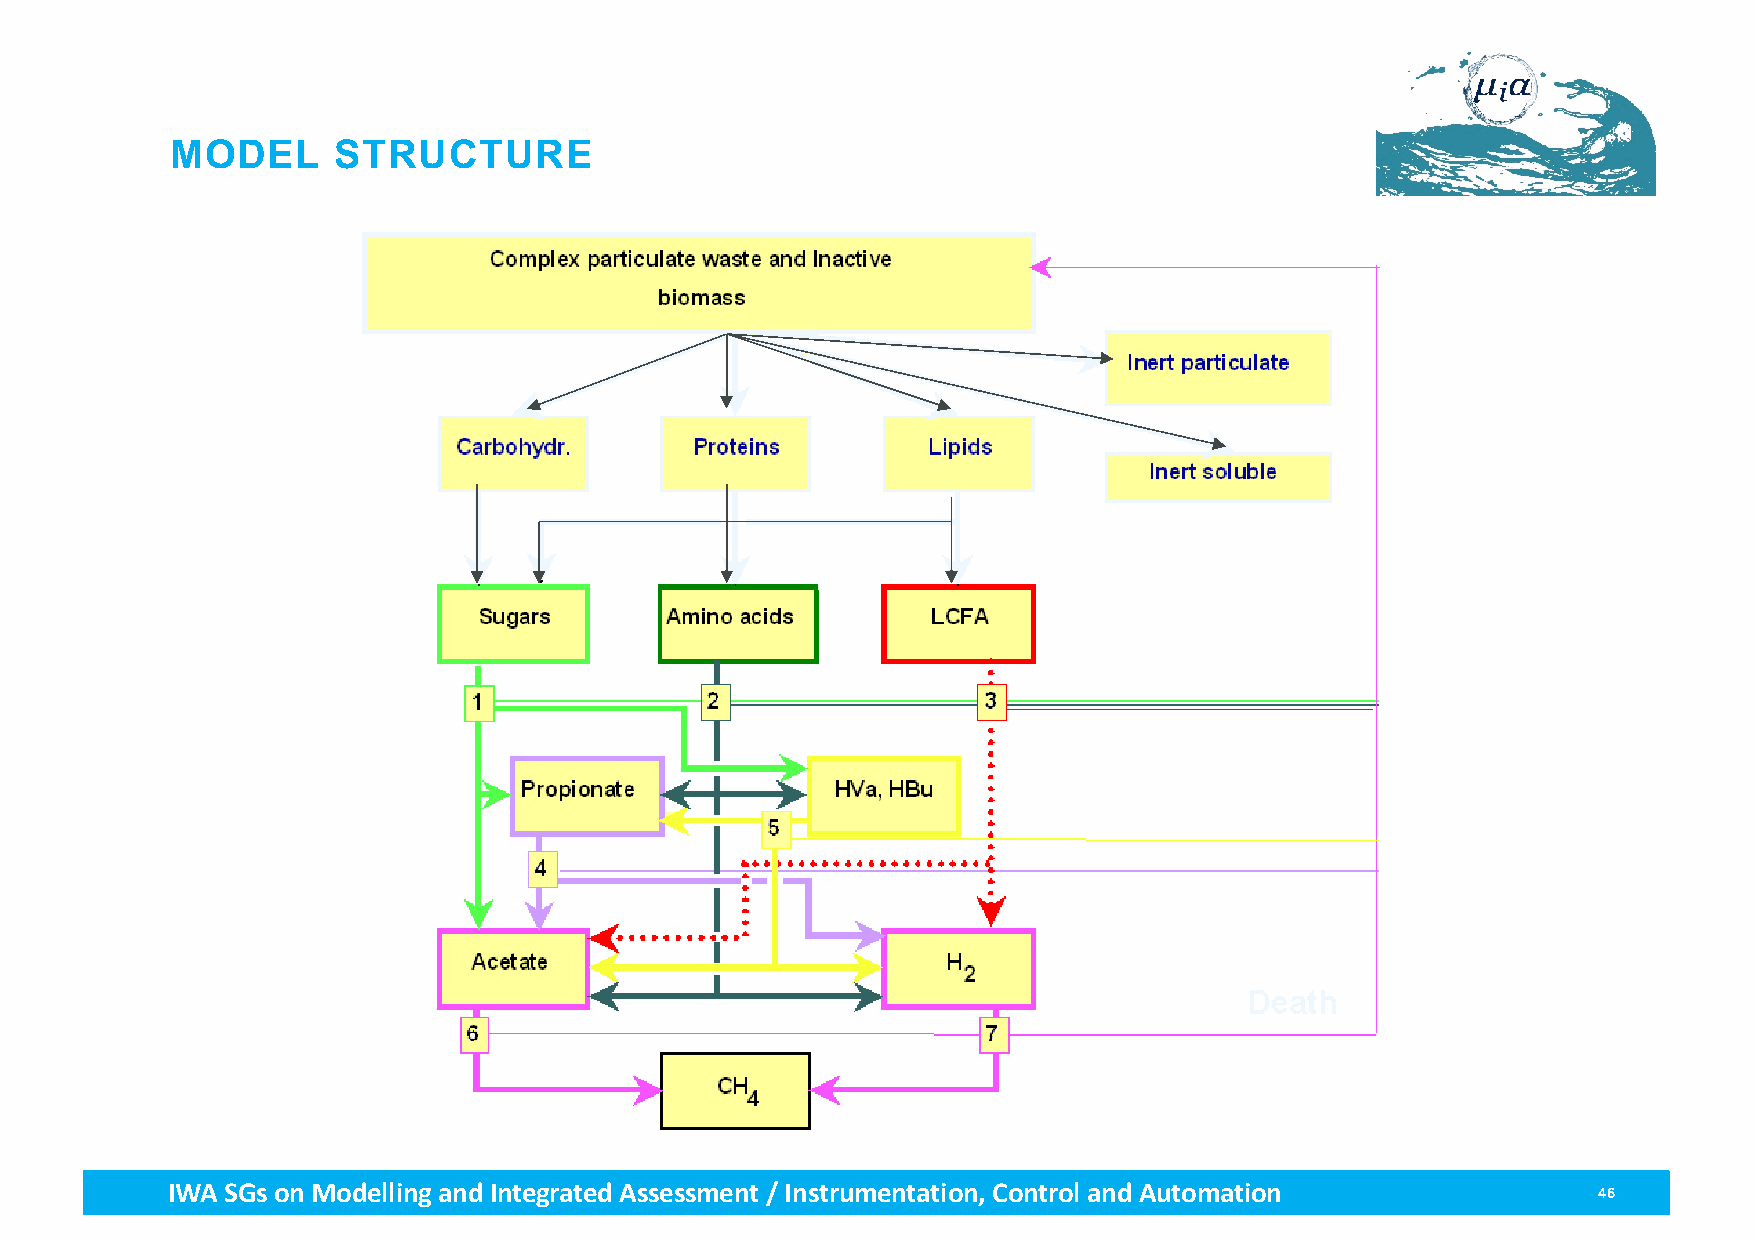
MODEL      STRUCTURE
 IWA SGs on Modellingand Integrated Assessment / Instrumentation, Control and Automation        46